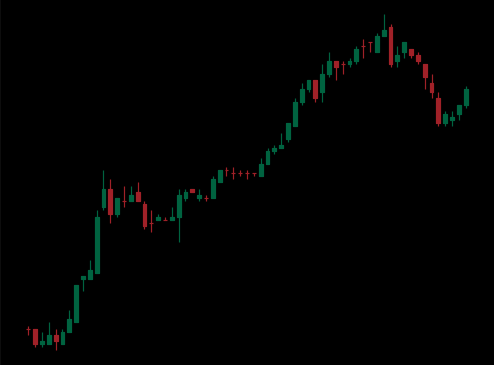
Pattern: bear_flag